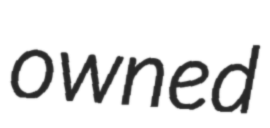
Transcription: owned